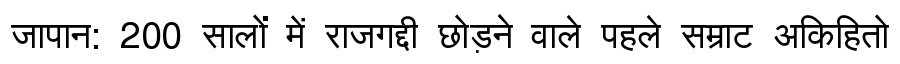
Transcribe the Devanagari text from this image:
जापान: 200 सालों में राजगद्दी छोड़ने वाले पहले सम्राट अकिहितो